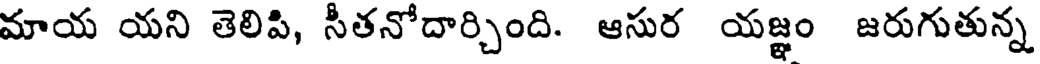
మాయ యని తెలిపి, సీతనోదార్చింది. ఆసుర యజ్ఞం జరుగుతున్న